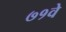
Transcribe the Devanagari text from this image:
७१वे